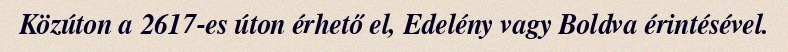
Közúton a 2617-es úton érhető el, Edelény vagy Boldva érintésével.